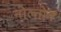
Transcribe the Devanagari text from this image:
नोल्तोन